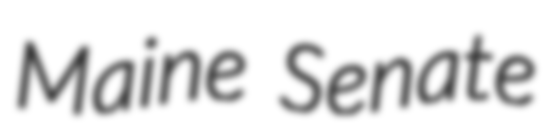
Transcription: Maine Senate